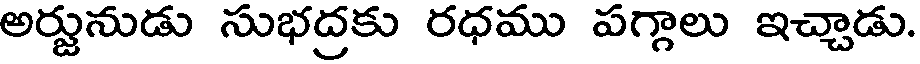
అర్జునుడు సుభద్రకు రధము పగ్గాలు ఇచ్చాడు.